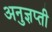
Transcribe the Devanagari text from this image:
अनुज्ञप्ती